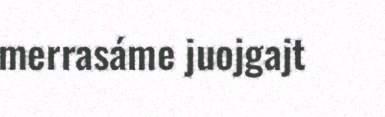
merrasáme juojgajt